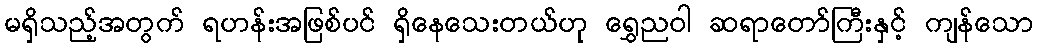
မရှိသည့်အတွက် ရဟန်းအဖြစ်ပင် ရှိနေသေးတယ်ဟု ရွှေညဝါ ဆရာတော်ကြီးနှင့် ကျန်သော